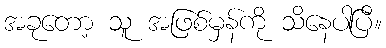
အခုတော့ သူ အဖြစ်မှန်ကို သိနေပါပြီ။